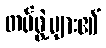
တပ်ဖွဲ့များ၏